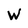
Character: W